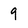
Character: 9